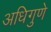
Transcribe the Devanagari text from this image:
अधिगुणे